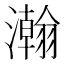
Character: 瀚